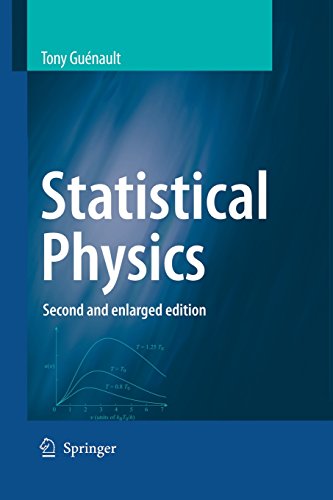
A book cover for Statistical Physics (Student Physics Series); Tony Guenault; Science & Math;